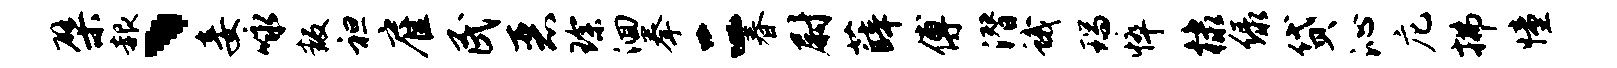
檗赧、妾咏叛袒雇民恶琛洄拳二春尉薛傅潜蛾瑞悴棣绿贷沁庀拂憧